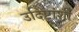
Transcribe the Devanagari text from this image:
उदिष्टांशी